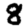
Digit: 8